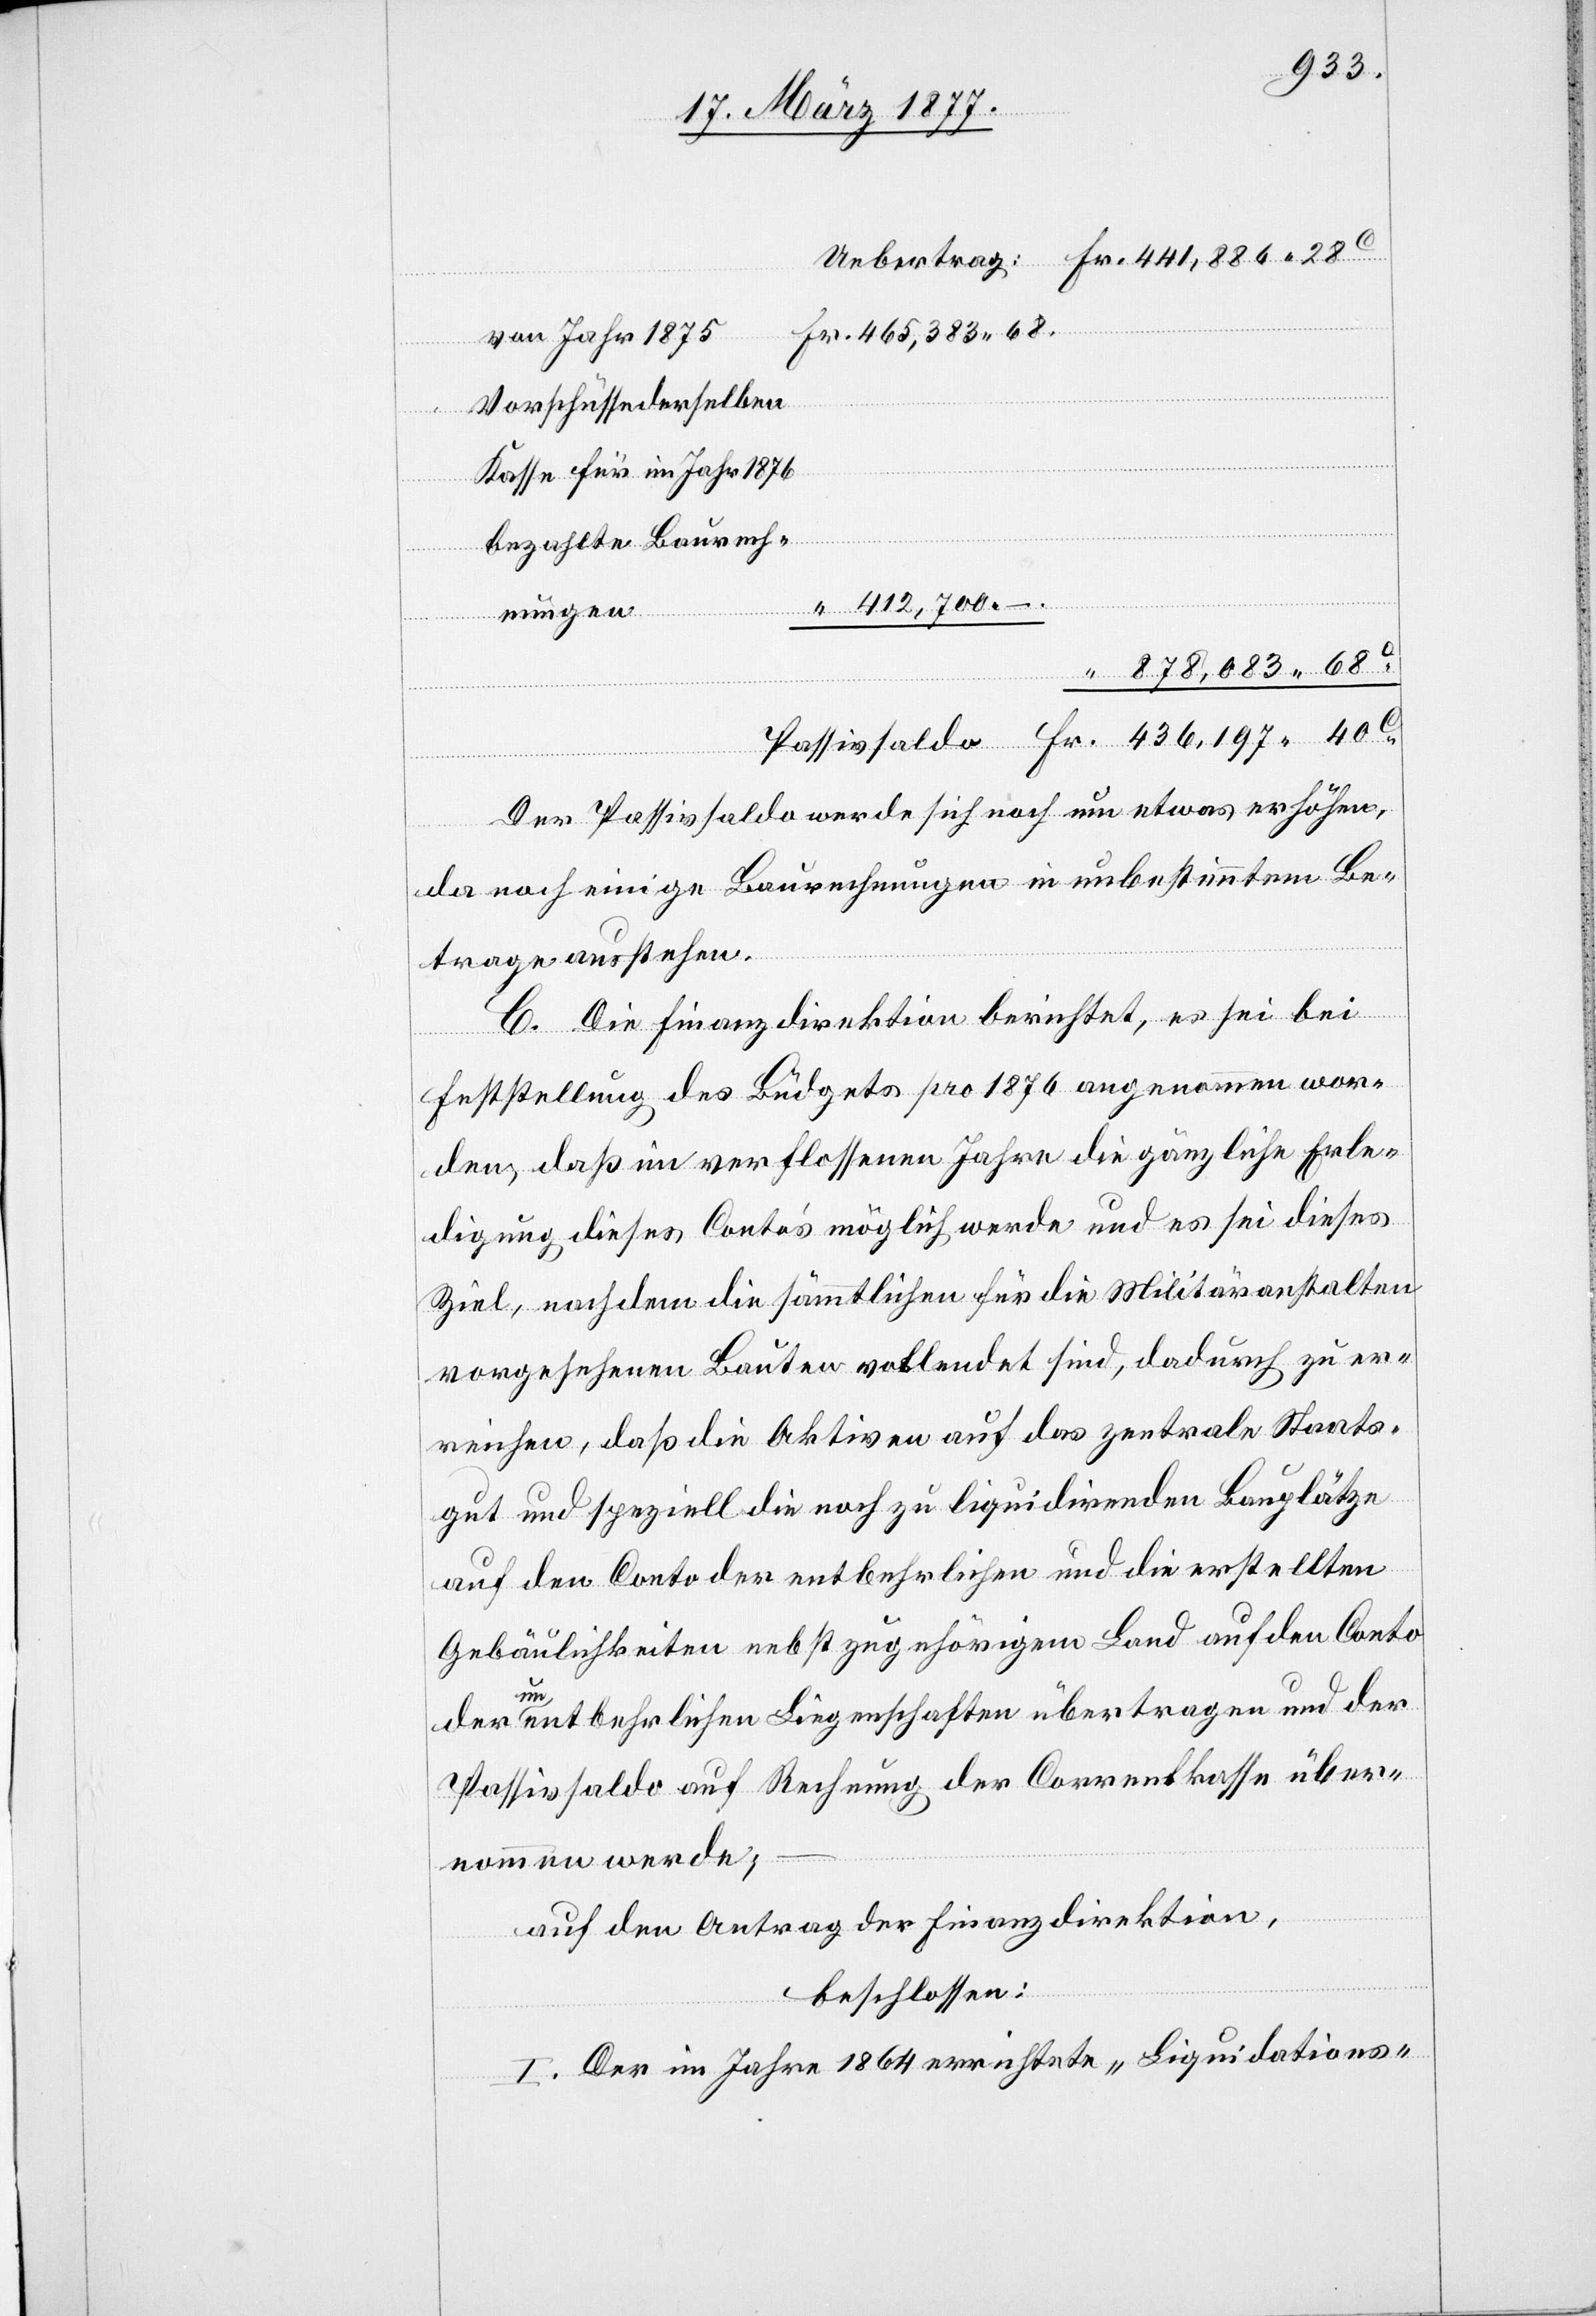
28
vom Jahr 1875
Vorschüsse derselben
Kasse für im Jahr 1876
bezahlte Baurech¬
nungen
878,083 68
Der Passivsaldo werde sich noch um etwas erhöhen,
da noch einige Baurechnungen in unbestimmtem Be¬
trage ausstehen.
C. Die Finanzdirektion berichtet, es sei bei
Feststellung des Büdgets pro 1876 angenommen wor¬
den, daß im verflossenen Jahre die gänzliche Erle¬
digung dieses Conto’s möglich werde und es sei dieses
Ziel, nachdem die sämmtlichen für die Militäranstalten
vorgesehenen Bauten vollendet sind, dadurch zu er¬
reichen, daß die Aktiven auf das zentrale Staats¬
gut und speziell die noch zu liquidirenden Bauplätze
auf den Conto der entbehrlichen und die erstellten
Gebäulichkeiten nebst zugehörigem Land auf den Conto
Fr.
der unentbehrlichen Liegenschaften übertragen und der
Passivsaldo auf Rechnung der Correntkasse über¬
nommen werde;
auf den Antrag der Finanzdirektion,
beschlossen:
I. Der im Jahre 1864 errichtete „Liquidations-